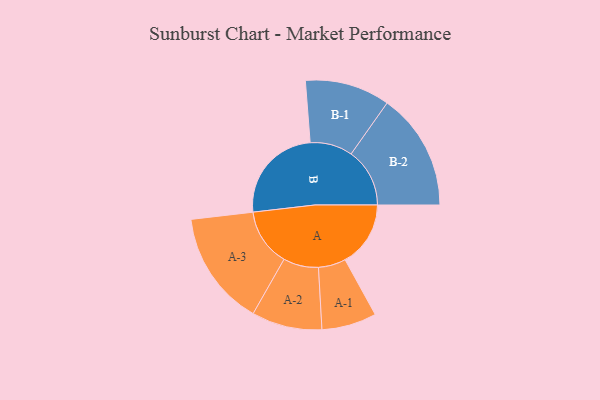
{"axis": {"x": "Segment", "y": "Value"}, "legend": ["", "A", "B"], "data": [{"x": "A", "y": 296, "type": ""}, {"x": "B", "y": 446, "type": ""}, {"x": "A-1", "y": 124, "type": "A"}, {"x": "A-2", "y": 159, "type": "A"}, {"x": "A-3", "y": 260, "type": "A"}, {"x": "B-1", "y": 192, "type": "B"}, {"x": "B-2", "y": 265, "type": "B"}]}